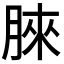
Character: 𣍿